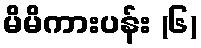
မိမိကားပန်း (၆)